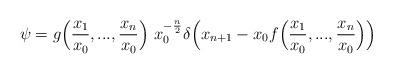
LaTeX: \begin{align*} \psi=g\Big(\frac{x_1}{x_0},...,\frac{x_n}{x_0}\Big)~x_0^{-\frac{n}{2}}\delta\Big(x_{n+1}-x_0f\Big(\frac{x_1}{x_0},...,\frac{x_n}{x_0}\Big)\Big) \end{align*}